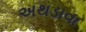
અથડાવા